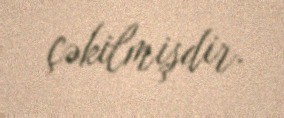
çəkilmişdir.